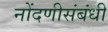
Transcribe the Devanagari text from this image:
नोंदणीसंबंधी